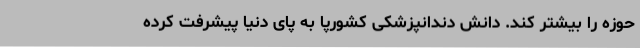
حوزه را بیشتر کند. دانش دندانپزشکی کشورپا به پای دنیا پیشرفت کرده